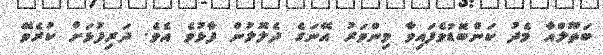
ބަތޫލްއާ މެދު ކަންބޮޑުވެފައިވާ މިންވަރު އޭނަގެ ދެލޮލުން ފާޅުވެ އެވެ. ދަރިފުޅަށް ކުރެވޭ